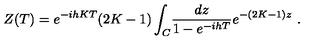
Z ( T ) = e ^ { - i h K T } ( 2 K - 1 ) \int _ { C } \! { \frac { d z } { 1 - e ^ { - i h T } } } e ^ { - ( 2 K - 1 ) z } \ .